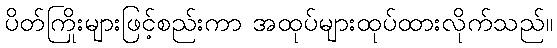
ပိတ်ကြိုးများဖြင့်စည်းကာ အထုပ်များထုပ်ထားလိုက်သည်။